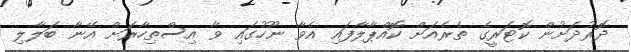
ދޮރުދަށުން ކޮޓަރީގެ ތެރެއަށް ކޮއްޕާލާފައި އެވާ ނޫހުގައި ވާ އިސްތިހާރަށް އޭނާ ބަލާލި